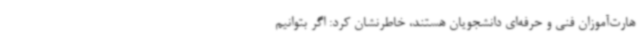
هارت‌آموزان فنی و حرفه‌ای دانشجویان هستند، خاطرنشان کرد: اگر بتوانیم